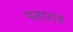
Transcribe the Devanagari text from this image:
पसाराच